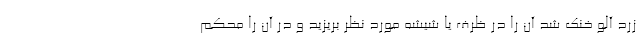
زرد آلو خنک شد آن را در ظرف یا شیشه مورد نظر بریزید و در آن را محکم